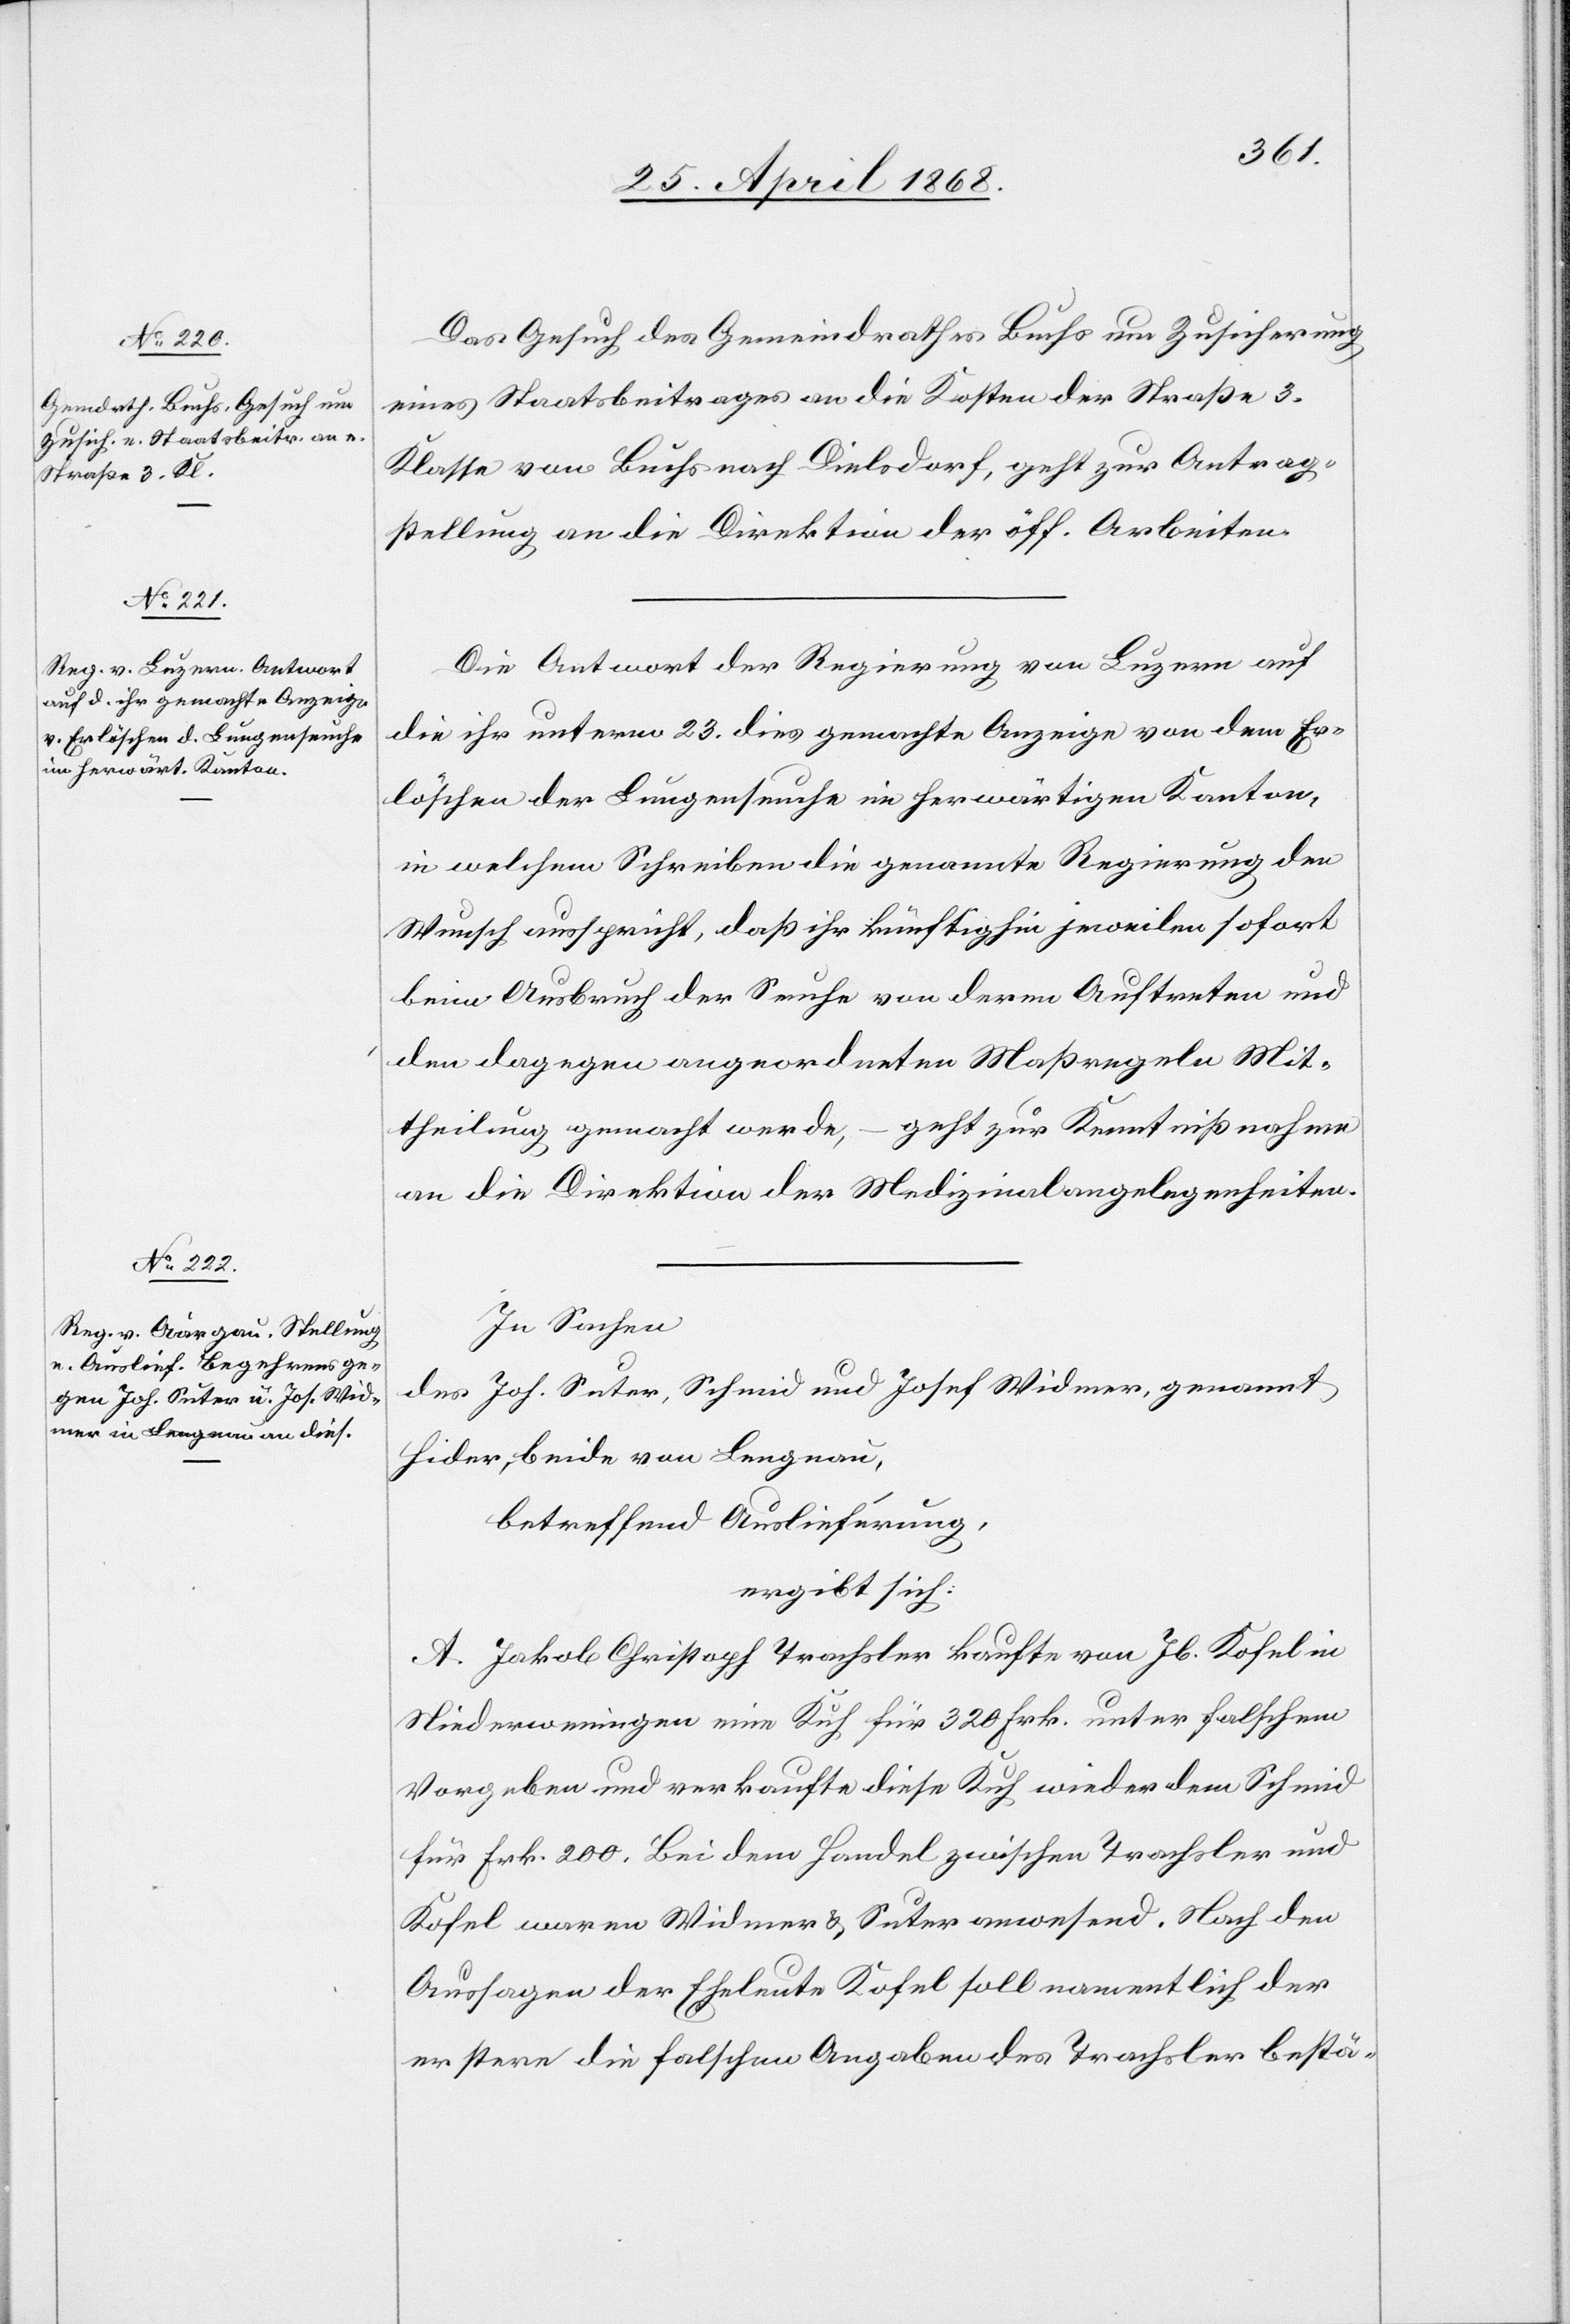
30. April 1868.]
Das Gesuch des Gemeindrathes Buchs um Zusicherung
eines Staatsbeitrages an die Kosten der Straße 3.
Klasse von Buchs nach Dielsdorf, geht zur Antrag¬
stellung an die Direktion der öff. Arbeiten.
Die Antwort der Regierung von Luzern auf
die ihr unterm 23. dies gemachte Anzeige von dem Er¬
löschen der Lungenseuche im herwärtigen Kanton,
in welchem Schreiben die genannte Regierung den
Wunsch ausspricht, daß ihr künftighin jeweilen sofort
beim Ausbruch der Seuche von deren Auftreten und
den dagegen angeordneten Maßregeln Mit¬
theilung gemacht werde, – geht zur Kenntnißnahme
an die Direktion der Medizinalangelegenheiten.
In Sachen
des Joh. Suter, Schmid und Josef Widmer, genannt
Hider, beide von Lengnau,
betreffend Auslieferung,
ergibt sich:
A. Jakob Christoph Trachsler kaufte von Jb. Kofel in
Niederweningen eine Kuh für 320 Frk. unter falschem
Vorgeben und verkaufte diese Kuh wieder dem Schmid
für Frk. 200. Bei dem Handel zwischen Trachsler und
Kofel waren Widmer & Suter anwesend. Nach den
Aussagen der Eheleute Kofel soll namentlich der
erstere die falschen Angaben des Trachsler bestä-